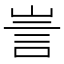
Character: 訔